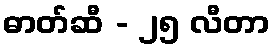
ဓာတ်ဆီ - ၂၅ လီတာ